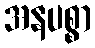
အနပစ္စာ